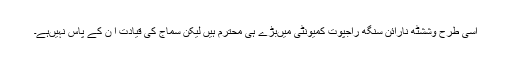
اسی طرح وششٹھ نارائن سنگھ راجپوت کمیونٹی میںبڑے ہی محترم ہیں لیکن سماج کی قیادت ا ن کے پاس نہیںہے۔